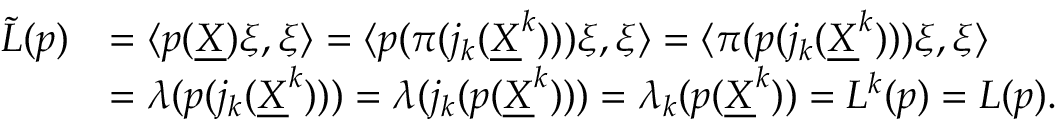
\begin{array} { r l } { \tilde { L } ( p ) } & { = \langle p ( \underline { X } ) \xi , \xi \rangle = \langle p ( \pi ( j _ { k } ( \underline { X } ^ { k } ) ) ) \xi , \xi \rangle = \langle \pi ( p ( j _ { k } ( \underline { X } ^ { k } ) ) ) \xi , \xi \rangle } \\ & { = \lambda ( p ( j _ { k } ( \underline { X } ^ { k } ) ) ) = \lambda ( j _ { k } ( p ( \underline { X } ^ { k } ) ) ) = \lambda _ { k } ( p ( \underline { X } ^ { k } ) ) = L ^ { k } ( p ) = L ( p ) . } \end{array}